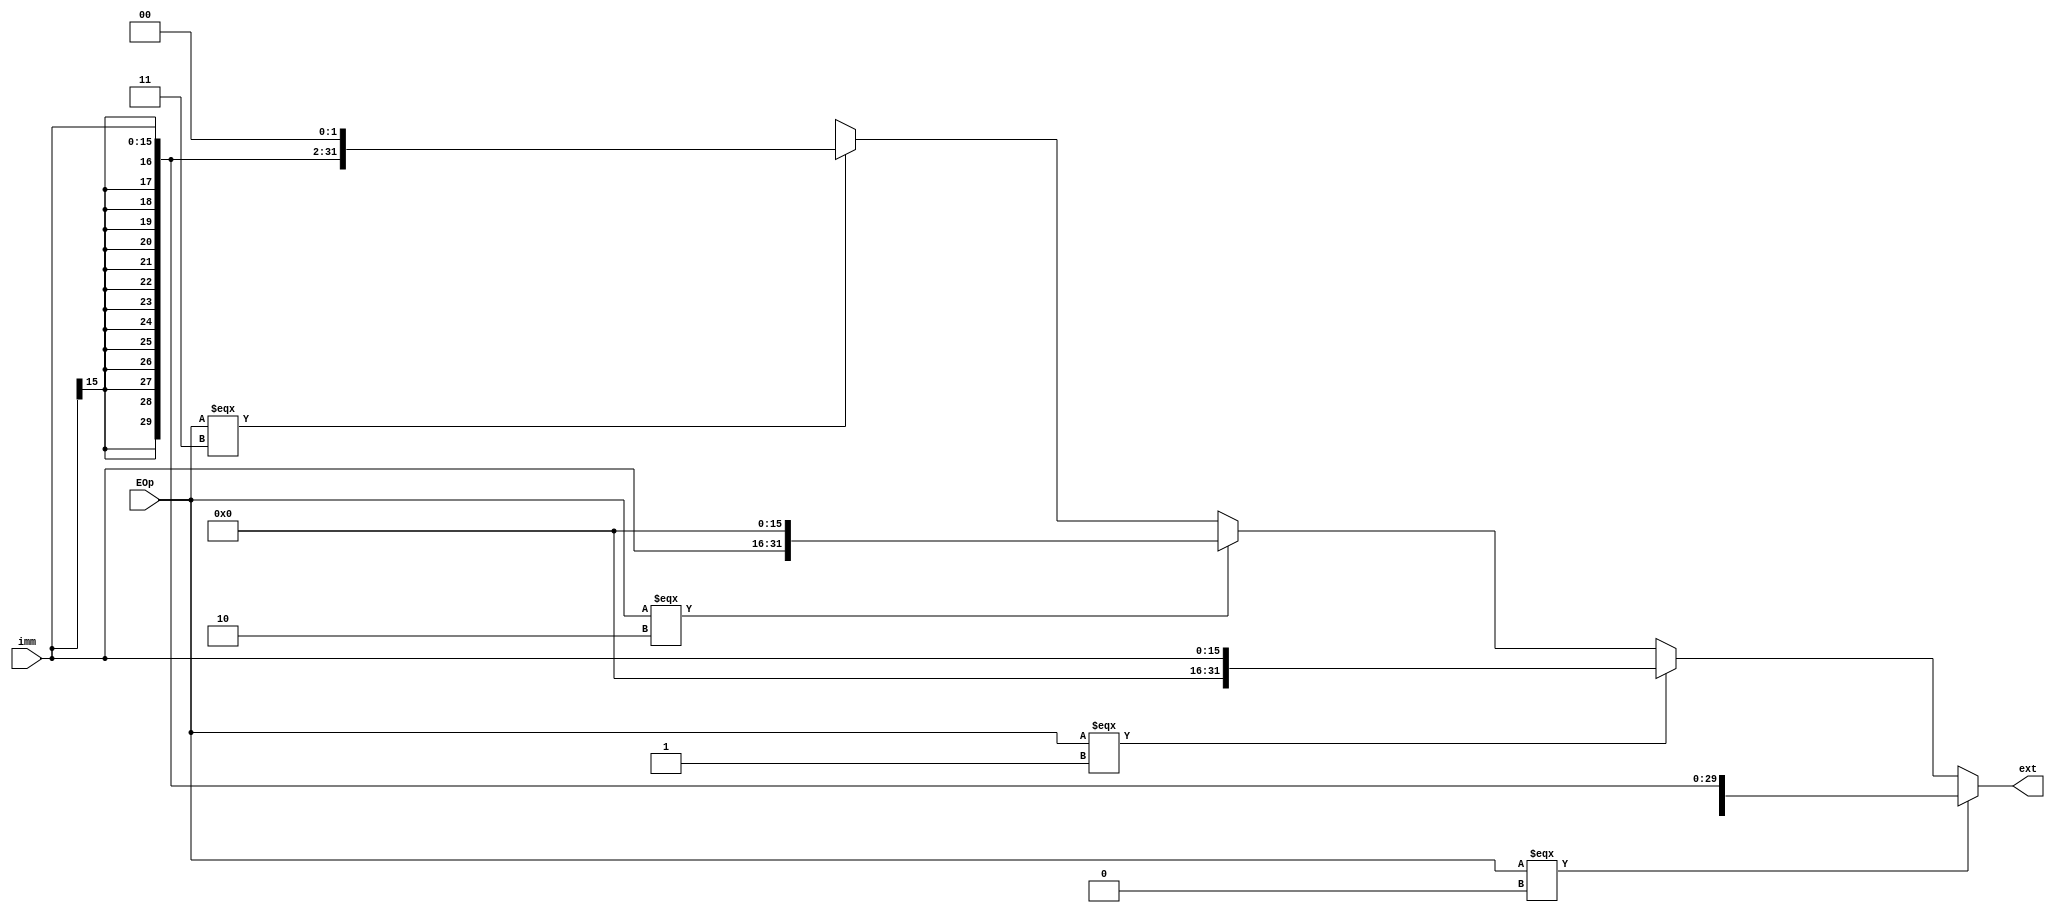
`timescale 1ns / 1ps
module ext(
	input[15:0] imm,
	input[1:0] EOp,
	output[31:0] ext
    );
	wire[31:0] immm;
	assign immm = imm;
	assign ext =
		(EOp === 0) ? ($signed($signed(immm << 16) >>> 16)) :
		(EOp === 1) ? (immm) :
		(EOp === 2) ? (immm << 16) :
		(EOp === 3) ? ($signed($signed(immm << 16) >>> 14)) : 32'bxxxxxxxx_xxxxxxxx_xxxxxxxx_xxxxxxxx;


endmodule